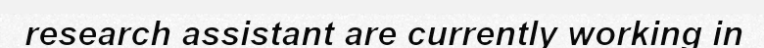
research assistant are currently working in